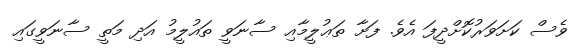
ވެސް ކަށަވަރުކޮށްދީފަ އެވެ. ފަށާ ތަޢުލީމާއި ސާނަވީ ތައުލީމު އަދި މަތީ ސާނަވީގައި